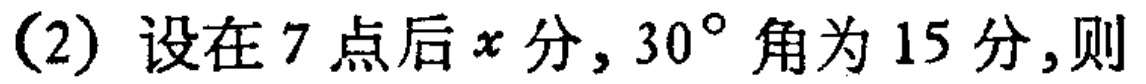
(2) 设在 7 点后\(x\)分, \(30^{\circ}\)角为 15 分,则